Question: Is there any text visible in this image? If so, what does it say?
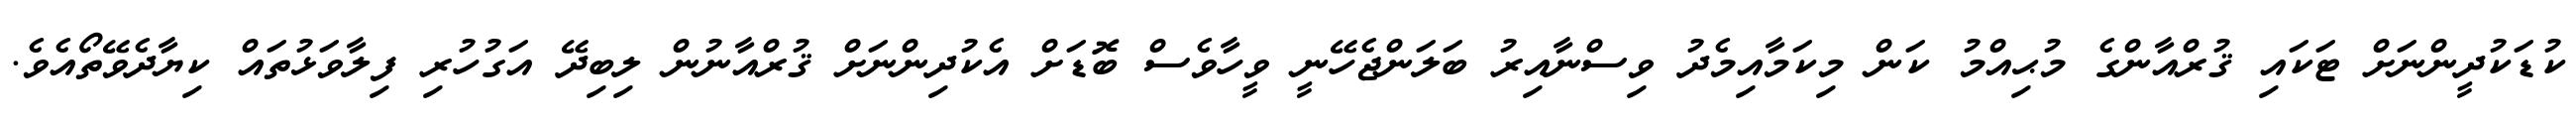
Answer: ކުޑަކުދީންނަށް ޓަކައި ޤުރްއާންގެ މުޙިއްމު ކަން މިކަމާއިމެދު ވިސްނާއިރު ބަލަންޖެހޭނީ ވީހާވެސް ބޮޑަށް އެކުދިންނަށް ޤުރްއާނުން ލިބިދޭ އަގުހުރި ފިލާވަޅުތައް ކިޔާދެވޭތޯއެވެ.